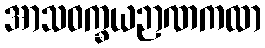
အာသဝက္ခယဉာဏကထာ